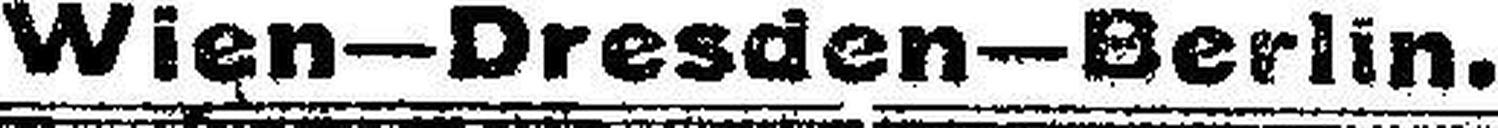
Wien-Dresden-Berlin.